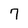
Character: 7